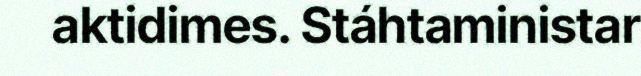
aktidimes. Stáhtaministar